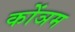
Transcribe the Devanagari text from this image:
कोंञम